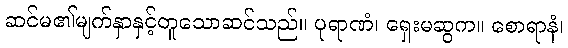
ဆင်မ၏မျက်နှာနှင့်တူသောဆင်သည်။ ပုရာဏံ၊ ရှေးမဆွက။ စောရာနံ၊